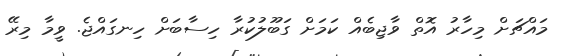
މައްޗަށް މިހާރު އޮތް ވާޖިބެއް ކަމަށް ގަބޫލުކުރާ ހިސާބަށް ހިނގައްޖެ. ވީމާ މިރޭ